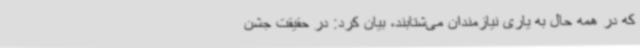
که در همه حال به یاری نیازمندان می‌شتابند، بیان کرد: در حقیقت جشن